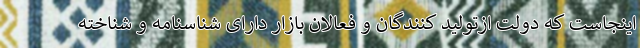
اینجاست که دولت ازتولید کنندگان و فعالان بازار دارای شناسنامه و شناخته